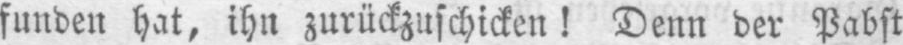
funden hat, ihn zurückzuschicken! Denn der Pabst